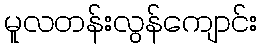
မူလတန်းလွန်ကျောင်း